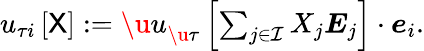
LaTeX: \begin{array}{r}{{u}_{\tau i}\left[\sf X\right]:={\u{u}}_{\u{\tau}}\left[\sum_{j\in\mathcal{I}}X_{j}\boldsymbol{E}_{j}\right]\cdot\boldsymbol{e}_{i}.}\end{array}